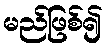
မည်ဖြစ်၍